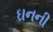
ઘનની